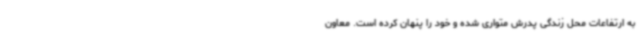
به ارتفاعات محل زندگی پدرش متواری شده و خود را پنهان کرده است. معاون